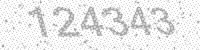
Solution: 124343